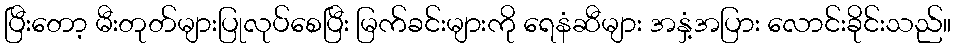
ပြီးတော့ မီးတုတ်များပြုလုပ်စေပြီး မြက်ခင်းများကို ရေနံဆီများ အနှံ့အပြား လောင်းခိုင်းသည်။